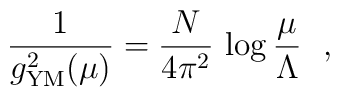
\frac{1}{g^2_{\rm YM}(\mu)} = \frac{N}{4\pi^2}\,\log\frac{\mu}{\Lambda}~~,